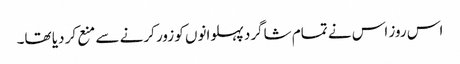
اس روز اس نے تمام شاگرد پہلوانوں کو زور کرنے سے منع کر دیا تھا۔